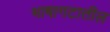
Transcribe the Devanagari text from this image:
भाषागटातील